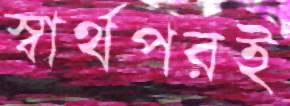
স্বার্থপরই